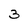
Character: 3